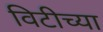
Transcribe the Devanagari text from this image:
विटीच्या